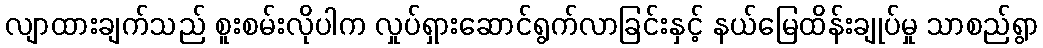
လျာထားချက်သည် စူးစမ်းလိုပါက လှုပ်ရှားဆောင်ရွက်လာခြင်းနှင့် နယ်မြေထိန်းချုပ်မှု သာစည်ရွာ